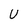
Character: U